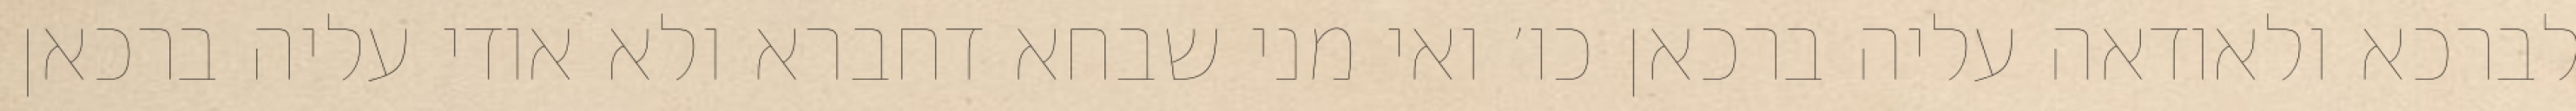
לברכא ולאודאה עליה ברכאן כו׳ ואי מני שבחא דחברא ולא אודי עליה ברכאן